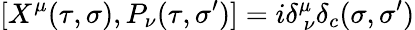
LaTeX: [X^{\mu}(\tau,\sigma),P_{\nu}(\tau,\sigma^{\prime})]=i\delta_{\ \nu}^{\mu}\delta_{c}(\sigma,\sigma^{\prime})